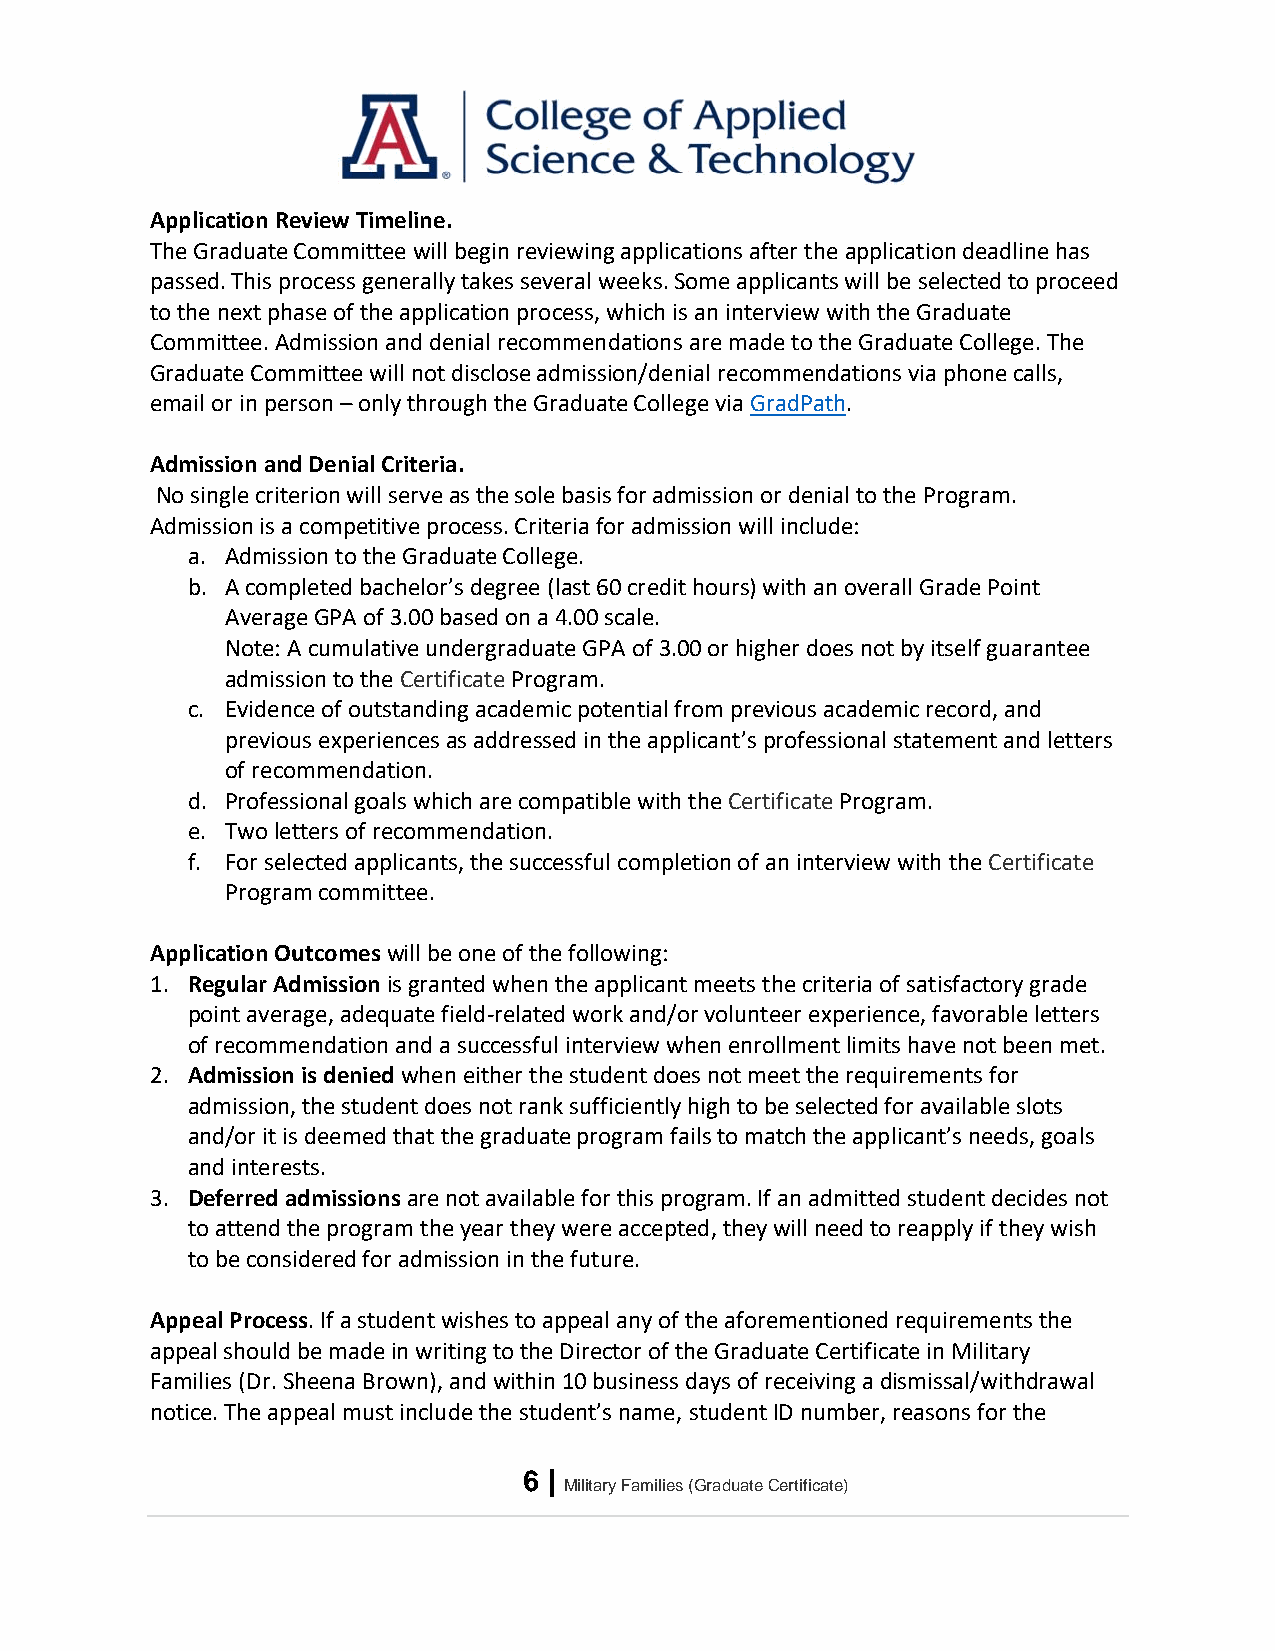
Application Review Timeline.
 The Graduate Committee will begin reviewing applications after the application deadline has
 passed. This process generally takes several weeks. Some applicants will be selected to proceed
 to the next phase of the application process, which is an interview with the Graduate
 Committee. Admission and denial recommendations are made to the Graduate College. The
 Graduate Committee will not disclose admission/denial recommendations via phone calls,
 email or in person – only through the Graduate College via GradPath.
 Admission and Denial Criteria.
 No single criterion will serve as the sole basis for admission or denial to the Program.
 Admission is a competitive process. Criteria for admission will include:
 a. Admission to the Graduate College.
 b. A completed bachelor’s degree (last 60 credit hours) with an overall Grade Point
 Average GPA of 3.00 based on a 4.00 scale.
 Note: A cumulative undergraduate GPA of 3.00 or higher does not by itself guarantee
 admission to the Certificate Program.
 c. Evidence of outstanding academic potential from previous academic record, and
 previous experiences as addressed in the applicant’s professional statement and letters
 of recommendation.
 d. Professional goals which are compatible with the Certificate Program.
 e. Two letters of recommendation.
 f. For selected applicants, the successful completion of an interview with the Certificate
 Program committee.
 Application Outcomes will be one of the following:
 1. Regular Admission is granted when the applicant meets the criteria of satisfactory grade
 point average, adequate field-related work and/or volunteer experience, favorable letters
 of recommendation and a successful interview when enrollment limits have not been met.
 2. Admission is denied when either the student does not meet the requirements for
 admission, the student does not rank sufficiently high to be selected for available slots
 and/or it is deemed that the graduate program fails to match the applicant’s needs, goals
 and interests.
 3. Deferred admissions are not available for this program. If an admitted student decides not
 to attend the program the year they were accepted, they will need to reapply if they wish
 to be considered for admission in the future.
 Appeal Process. If a student wishes to appeal any of the aforementioned requirements the
 appeal should be made in writing to the Director of the Graduate Certificate in Military
 Families (Dr. Sheena Brown), and within 10 business days of receiving a dismissal/withdrawal
 notice. The appeal must include the student’s name, student ID number, reasons for the
 6 |
 Military Families (Graduate Certificate)